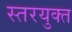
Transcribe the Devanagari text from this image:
स्तरयुक्त